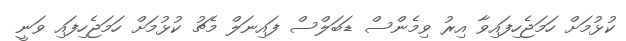
ކުޅުމަށް ހަމަޖެހިފައިވާ އިރު ވިމެންސް ޑަބަލްސް ފައިނަލް މެޗު ކުޅުމަށް ހަމަޖެހިފައި ވަނީ